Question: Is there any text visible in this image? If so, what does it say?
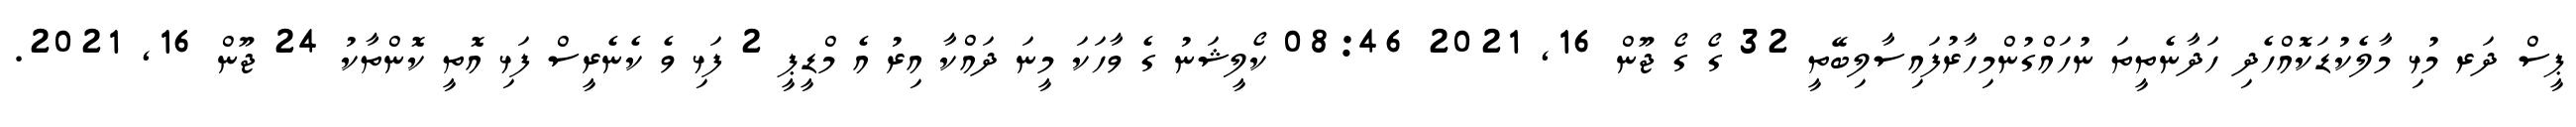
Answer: ޕީސް ދަރ މުޅި މާލެކުޑަކޮއްހެދި ހަދާނެތީތަ ނުހައްގުންމިހާރުފައިސާލިބޭތީ 32 ގޯ ގޯ ޖޫން 16, 2021 08:46 ކޯލީޝަނު ގެ ވާހަކަ މީނަ ދައްކާ އިރު އެ މްޑީޕީ 2 ފަޅި ވެ ކެނެރީސް ފަޅި އޮތީ ކޮންތާކު 24 ޖޫން 16, 2021.